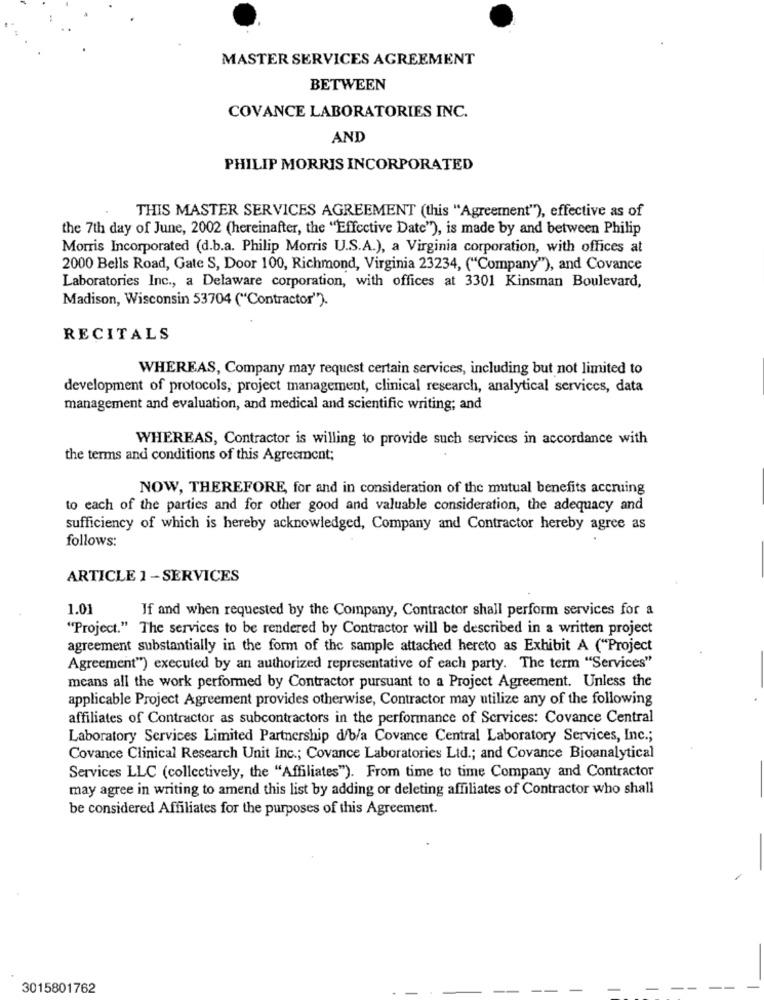
MASTER SERVICES AGREEMENT
BETWEEN
COVANCE LABORATORIES INC.
AND
PHILIP MORRIS INCORPORATED
THIS MASTER SERVICES AGREEMENT (this "Agreement"), effective as of
the 7th day of June, 2002 (hereinafter, the "Effective Date"), is made by and between Philip
Morris Incorporated (d.b.a. Philip Morris U.S.A.), a Virginia corporation, with offices at
2000 Bells Road, Gate S, Door 100, Richmond, Virginia 23234, ("Company"), and Covance
Laboratories Inc ., a Delaware corporation, with offices at 3301 Kinsman Boulevard,
Madison, Wisconsin 53704 ("Contractor").
RECITALS
WHEREAS, Company may request certain services, including but not limited to
development of protocols, project management, clinical research, analytical services, data
management and evaluation, and medical and scientific writing; and
WHEREAS, Contractor is willing to provide such services in accordance with
the terms and conditions of this Agreement;
NOW, THEREFORE, for and in consideration of the mutual benefits accruing
to each of the parties and for other good and valuable consideration, the adequacy and
sufficiency of which is hereby acknowledged, Company and Contractor hereby agree as
follows:
ARTICLE 1 - SERVICES
1.01
If and when requested by the Company, Contractor shall perform services for a
"Project." The services to be rendered by Contractor will be described in a written project
agreement substantially in the form of the sample attached hereto as Exhibit A ("Project
Agreement") executed by an authorized representative of each party. The term "Services"
means all the work performed by Contractor pursuant to a Project Agreement. Unless the
applicable Project Agreement provides otherwise, Contractor may utilize any of the following
affiliates of Contractor as subcontractors in the performance of Services: Covance Central
Laboratory Services Limited Partnership d/b/a Covance Central Laboratory Services, Inc .;
Covance Clinical Research Unit Inc .; Covance Laboratories Lid .; and Covance Bioanalytical
Services LLC (collectively, the "Affiliates"). From time to time Company and Contractor
may agree in writing to amend this list by adding or deleting affiliates of Contractor who shall
be considered Affiliates for the purposes of this Agreement.
3015801762